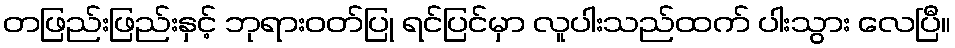
တဖြည်းဖြည်းနှင့် ဘုရားဝတ်ပြု ရင်ပြင်မှာ လူပါးသည်ထက် ပါးသွား လေပြီ။